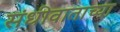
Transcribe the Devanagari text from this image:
संधीवाताच्या